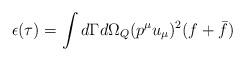
LaTeX: \begin{align*}\epsilon(\tau)=\int d\Gamma d {\Omega}_Q (p^\mu u_\mu)^2 (f+\bar{f})\end{align*}